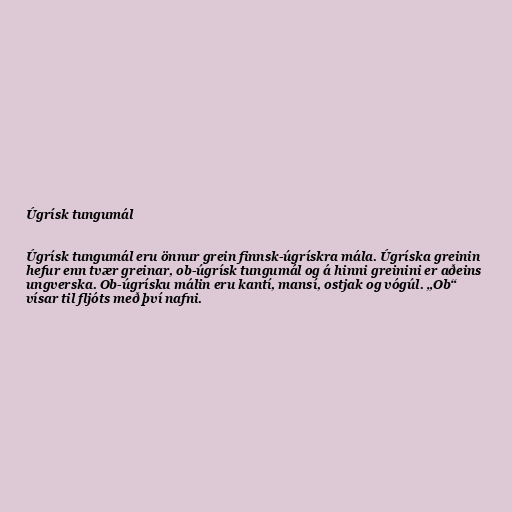
Úgrísk tungumál

Úgrísk tungumál eru önnur grein finnsk-úgrískra mála. Úgríska greinin
hefur enn tvær greinar, ob-úgrísk tungumál og á hinni greinini er aðeins
ungverska. Ob-úgrísku málin eru kantí, mansí, ostjak og vógúl. „Ob“
vísar til fljóts með því nafni.